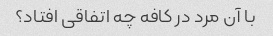
با آن مرد در کافه چه اتفاقی افتاد؟